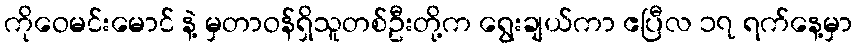
ကိုဝေမင်းမောင် နဲ့ မှတာဝန်ရှိသူတစ်ဦးတို့က ရွေးချယ်ကာ ဧပြီလ ၁၇ ရက်နေ့မှာ